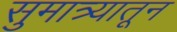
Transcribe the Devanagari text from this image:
सुमात्र्यातून